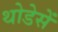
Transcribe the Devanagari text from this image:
थोडेसें